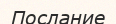
Послание